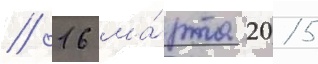
// 16 ма́рта 2015